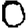
Digit: 0